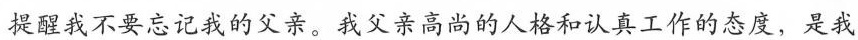
提醒我不要忘记我的父亲。我父亲高尚的人格和认真工作的态度，是我